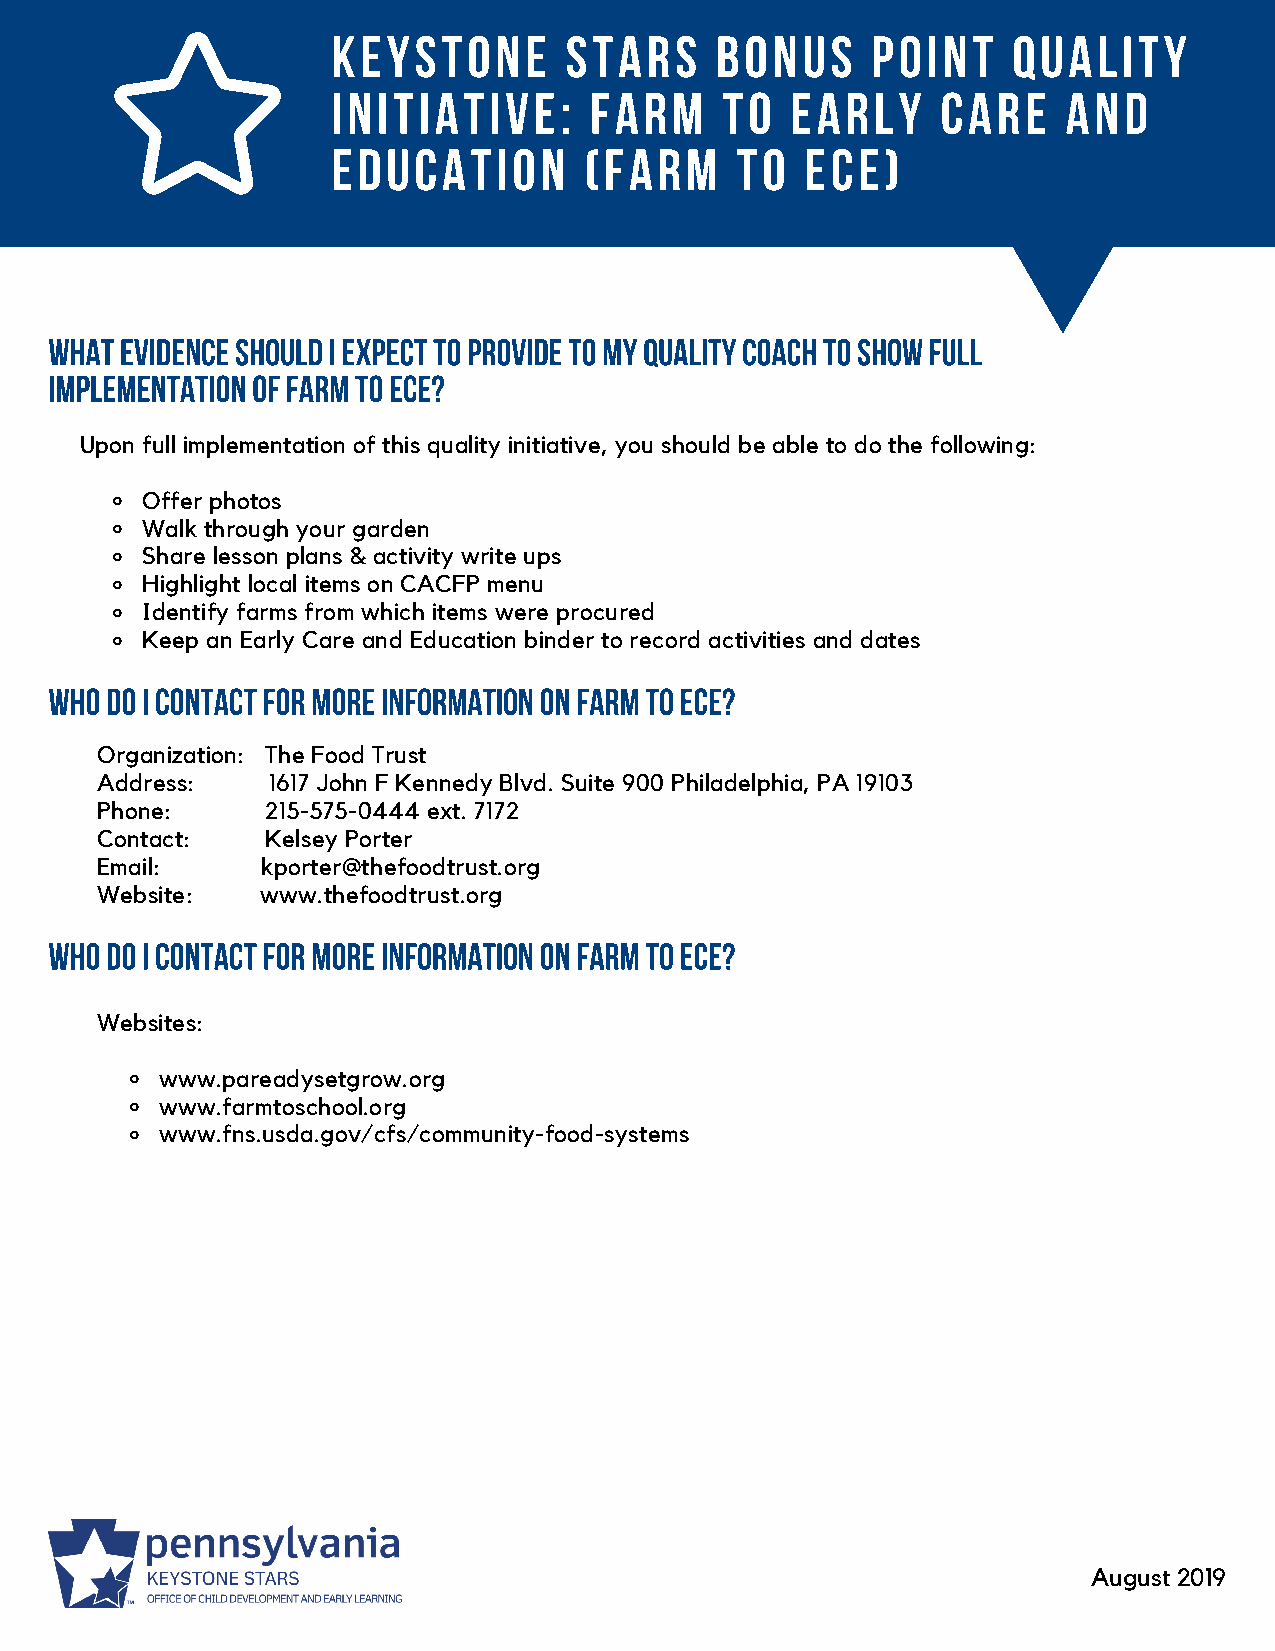
KEYSTONE       STARS     BONUS      POINT    QUALITY
 INITIATIVE:      FARM     TO  EARLY     CARE     AND
 EDUCATION        (FARM     TO  ECE)
 What evidence should I expect to provide to my Quality Coach to show full
 implementation of FARM TO ECE?
 Upon full implementation of this quality initiative, you should be able to do the following:
 Offer photos
 Walk through your garden
 Share lesson plans & activity write ups
 Highlight local items on CACFP menu
 Identify farms from which items were procured
 Keep an Early Care and Education binder to record activities and dates
 Who do I contact for more information on FARM TO ECE?
 Organization: The Food Trust
 Address:    1617 John F Kennedy Blvd. Suite 900 Philadelphia, PA 19103
 Phone:      215-575-0444 ext. 7172
 Contact:    Kelsey Porter
 Email:     kporter@thefoodtrust.org
 Website:   www.thefoodtrust.org
 Who do I contact for more information on FARM TO ECE?
 Websites:
 www.pareadysetgrow.org
 www.farmtoschool.org
 www.fns.usda.gov/cfs/community-food-systems
 August 2019